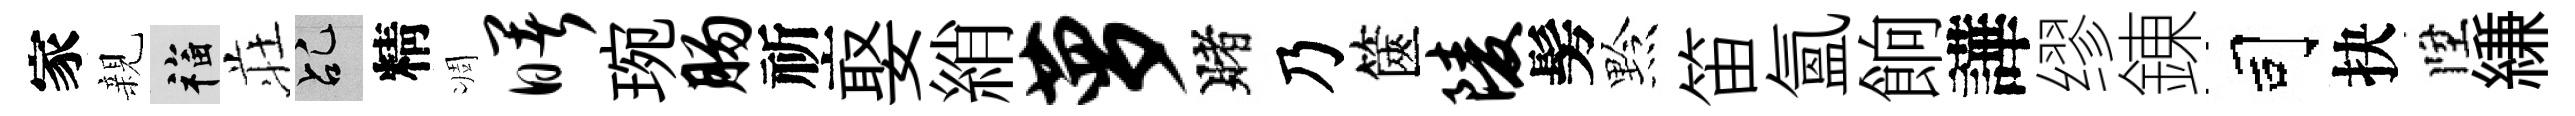
家親福荘乩精凋曙琬肠祈娶綃萝賭乃篋陵髣黔笛氳餉譁缪錬司抉陞縑